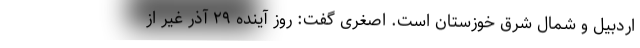
اردبیل و شمال شرق خوزستان است. اصغری گفت: روز آینده ۲۹ آذر غیر از